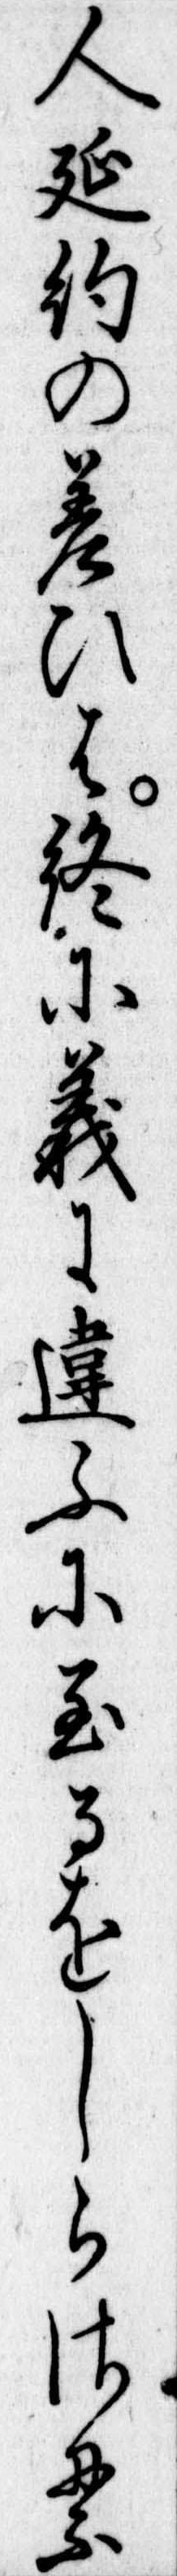
人延約の差ひは終に義に違ふに至るをしらさる